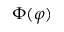
\Phi ( \varphi )